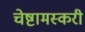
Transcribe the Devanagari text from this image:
चेष्टामस्करी